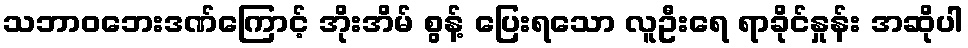
သဘာဝဘေးဒဏ်ကြောင့် အိုးအိမ် စွန့် ပြေးရသော လူဦးရေ ရာခိုင်နှုန်း အဆိုပါ